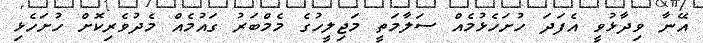
އޭނާ ވިދާޅުވީ އެފަދަ ހުށަހެޅުމެއް ސަލާމަތީ މަޖިލީހުގެ މެމްބަރު ގައުމެއް މެދުވެރިކޮށް ހުށަހެޅި